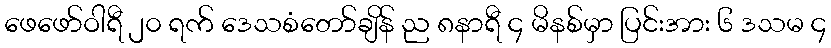
ဖေဖော်ဝါရီ ၂၀ ရက် ဒေသစံတော်ချိန် ည ၈နာရီ ၄ မိနစ်မှာ ပြင်းအား ၆ ဒသမ ၄